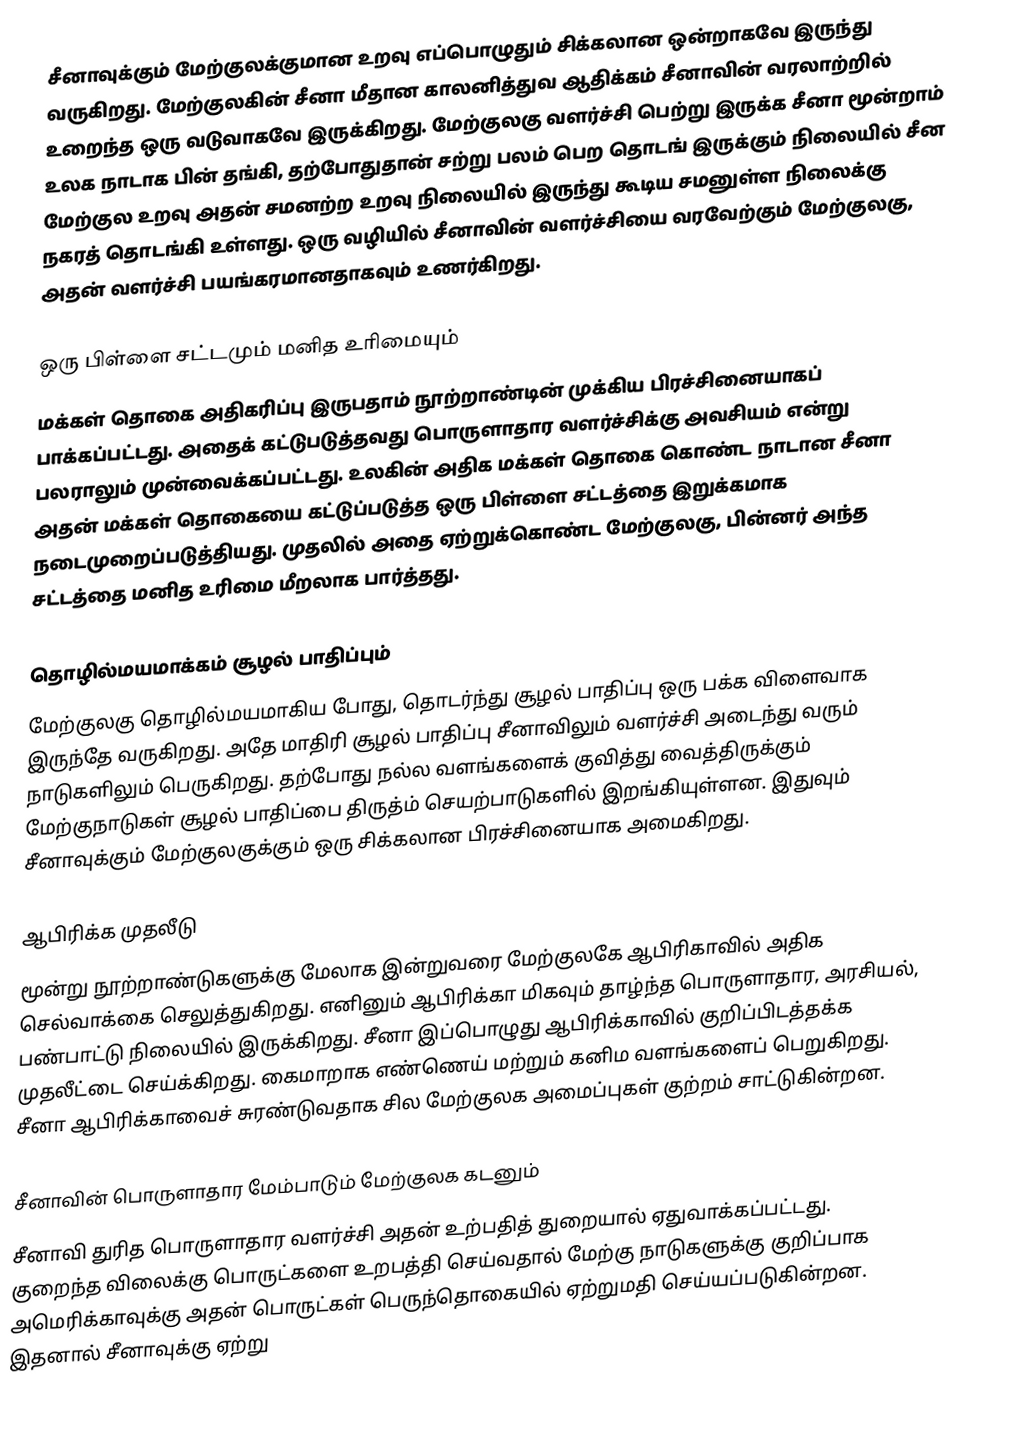
சீனாவுக்கும் மேற்குலக்குமான உறவு எப்பொழுதும் சிக்கலான ஒன்றாகவே இருந்து வருகிறது.  மேற்குலகின் சீனா மீதான காலனித்துவ ஆதிக்கம் சீனாவின் வரலாற்றில் உறைந்த ஒரு வடுவாகவே இருக்கிறது.  மேற்குலகு வளர்ச்சி பெற்று இருக்க சீனா மூன்றாம் உலக நாடாக பின் தங்கி, தற்போதுதான் சற்று பலம் பெற தொடங் இருக்கும் நிலையில் சீன மேற்குல உறவு அதன் சமனற்ற உறவு நிலையில் இருந்து கூடிய சமனுள்ள நிலைக்கு நகரத் தொடங்கி உள்ளது.  ஒரு வழியில் சீனாவின் வளர்ச்சியை வரவேற்கும் மேற்குலகு, அதன் வளர்ச்சி பயங்கரமானதாகவும் உணர்கிறது.

ஒரு பிள்ளை சட்டமும் மனித உரிமையும்
மக்கள் தொகை அதிகரிப்பு இருபதாம் நூற்றாண்டின் முக்கிய பிரச்சினையாகப் பாக்கப்பட்டது.  அதைக் கட்டுபடுத்தவது பொருளாதார வளர்ச்சிக்கு அவசியம் என்று பலராலும் முன்வைக்கப்பட்டது.  உலகின் அதிக மக்கள் தொகை கொண்ட நாடான சீனா அதன் மக்கள் தொகையை கட்டுப்படுத்த ஒரு பிள்ளை சட்டத்தை இறுக்கமாக நடைமுறைப்படுத்தியது.  முதலில் அதை ஏற்றுக்கொண்ட மேற்குலகு, பின்னர் அந்த சட்டத்தை மனித உரிமை மீறலாக பார்த்தது.

தொழில்மயமாக்கம் சூழல் பாதிப்பும்
மேற்குலகு தொழில்மயமாகிய போது, தொடர்ந்து சூழல் பாதிப்பு ஒரு பக்க விளைவாக இருந்தே வருகிறது.  அதே மாதிரி சூழல் பாதிப்பு சீனாவிலும் வளர்ச்சி அடைந்து வரும் நாடுகளிலும் பெருகிறது.  தற்போது நல்ல வளங்களைக் குவித்து வைத்திருக்கும் மேற்குநாடுகள் சூழல் பாதிப்பை திருத்ம் செயற்பாடுகளில் இறங்கியுள்ளன.  இதுவும் சீனாவுக்கும் மேற்குலகுக்கும் ஒரு சிக்கலான பிரச்சினையாக அமைகிறது.

ஆபிரிக்க முதலீடு
மூன்று நூற்றாண்டுகளுக்கு மேலாக இன்றுவரை மேற்குலகே ஆபிரிகாவில் அதிக செல்வாக்கை செலுத்துகிறது.  எனினும் ஆபிரிக்கா மிகவும் தாழ்ந்த பொருளாதார, அரசியல், பண்பாட்டு நிலையில் இருக்கிறது.  சீனா இப்பொழுது ஆபிரிக்காவில் குறிப்பிடத்தக்க முதலீட்டை செய்க்கிறது.  கைமாறாக எண்ணெய் மற்றும் கனிம வளங்களைப் பெறுகிறது.  சீனா ஆபிரிக்காவைச் சுரண்டுவதாக சில மேற்குலக அமைப்புகள் குற்றம் சாட்டுகின்றன.

சீனாவின் பொருளாதார மேம்பாடும் மேற்குலக கடனும்
சீனாவி துரித பொருளாதார வளர்ச்சி அதன் உற்பதித் துறையால் ஏதுவாக்கப்பட்டது.  குறைந்த விலைக்கு பொருட்களை உறபத்தி செய்வதால் மேற்கு நாடுகளுக்கு குறிப்பாக அமெரிக்காவுக்கு அதன் பொருட்கள் பெருந்தொகையில் ஏற்றுமதி செய்யப்படுகின்றன.  இதனால் சீனாவுக்கு ஏற்று